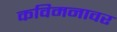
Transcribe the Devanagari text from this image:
कविमनावर